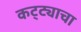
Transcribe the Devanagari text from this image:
कट्ट्याचा